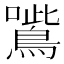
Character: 𡃸